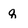
Character: q